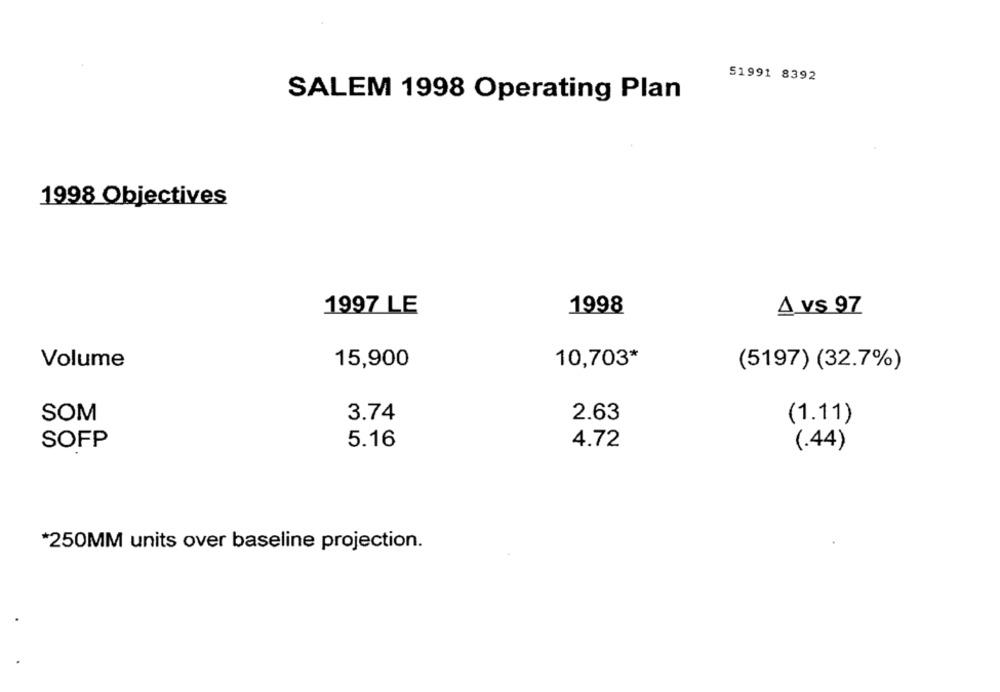
51991 8392
SALEM 1998 Operating Plan
1998 Objectives
1997 LE
1998
A vs 97
Volume
15,900
10,703*
(5197) (32.7%)
SOM
3.74
2.63
(1.11)
5.16
SOFP
4.72
(.44)
*250MM units over baseline projection.